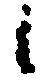
候